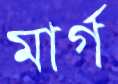
মার্গ